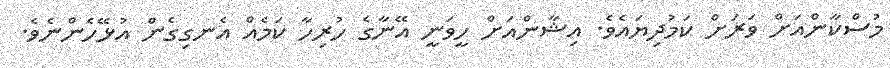
މުސްކާންއަށް ވަރަށް ކަމުދިޔައެވެ. އިޝާންއަށް ހީވަނީ އޭނާގެ ހުރިހާ ކަމެއް އެނގިގެން އުޅޭހެންނެވެ.